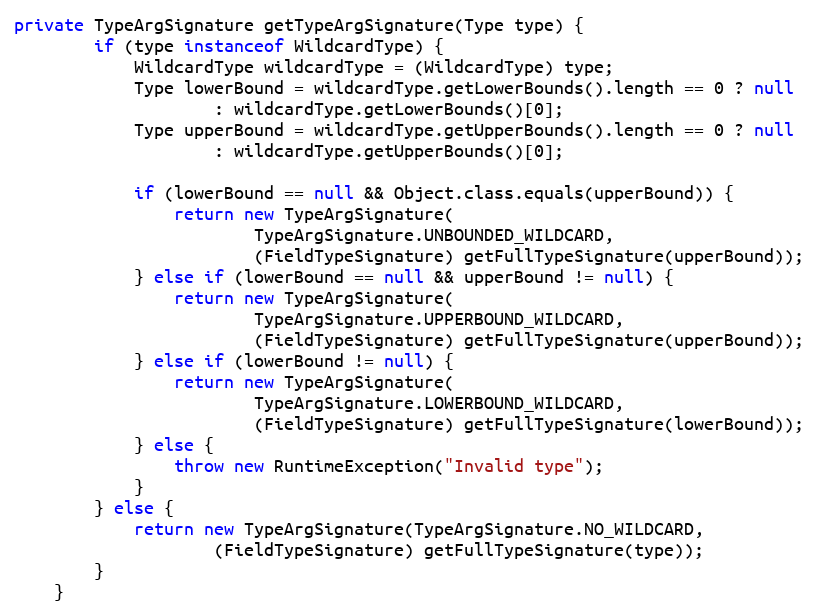
Language: Java
private TypeArgSignature getTypeArgSignature(Type type) {
		if (type instanceof WildcardType) {
			WildcardType wildcardType = (WildcardType) type;
			Type lowerBound = wildcardType.getLowerBounds().length == 0 ? null
					: wildcardType.getLowerBounds()[0];
			Type upperBound = wildcardType.getUpperBounds().length == 0 ? null
					: wildcardType.getUpperBounds()[0];

			if (lowerBound == null && Object.class.equals(upperBound)) {
				return new TypeArgSignature(
						TypeArgSignature.UNBOUNDED_WILDCARD,
						(FieldTypeSignature) getFullTypeSignature(upperBound));
			} else if (lowerBound == null && upperBound != null) {
				return new TypeArgSignature(
						TypeArgSignature.UPPERBOUND_WILDCARD,
						(FieldTypeSignature) getFullTypeSignature(upperBound));
			} else if (lowerBound != null) {
				return new TypeArgSignature(
						TypeArgSignature.LOWERBOUND_WILDCARD,
						(FieldTypeSignature) getFullTypeSignature(lowerBound));
			} else {
				throw new RuntimeException("Invalid type");
			}
		} else {
			return new TypeArgSignature(TypeArgSignature.NO_WILDCARD,
					(FieldTypeSignature) getFullTypeSignature(type));
		}
	}